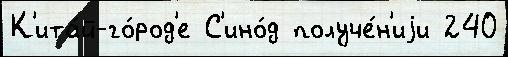
К'ита́й-го́род'е С'ино́д получе́н'иjи 240